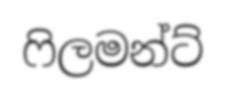
ෆිලමන්ට්